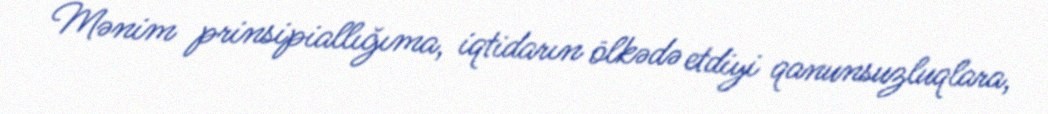
Mənim prinsipiallığıma, iqtidarın ölkədə etdiyi qanunsuzluqlara,